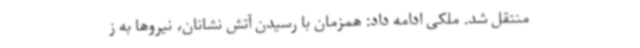
منتقل شد. ملکی ادامه داد: همزمان با رسیدن آتش نشانان، نیروها به ز